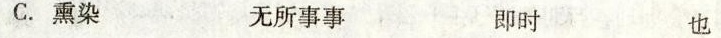
C.熏染 无所事事 即时